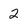
Character: 2